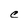
Character: C